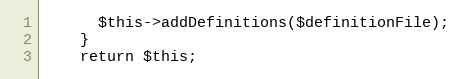
Language: PHP
      $this->addDefinitions($definitionFile);
    }
    return $this;